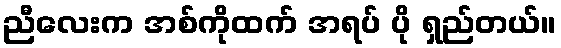
ညီလေးက အစ်ကိုထက် အရပ် ပို ရှည်တယ်။